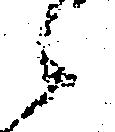
候